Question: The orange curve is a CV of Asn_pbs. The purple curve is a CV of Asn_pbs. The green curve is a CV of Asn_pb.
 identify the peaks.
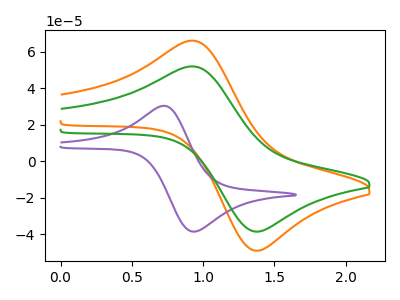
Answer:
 <answer>The orange curve "Asn_pbs" has an anodic peak at (0.90V, 66.00uA) and a cathodic peak at (1.40V, -48.95uA). The purple curve "Asn_pbs" has an anodic peak at (0.75V, 30.30uA) and a cathodic peak at (0.95V, -38.50uA). The green curve "Asn_pb" has an anodic peak at (0.90V, 51.90uA) and a cathodic peak at (1.40V, -38.50uA).</answer>
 <eval></eval>